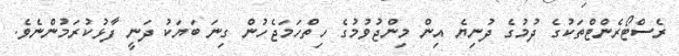
ރެސްޓޯރެންޓްތަކުގެ ދުމުގެ ދުނިޔެ އިން މިންޖުވުމުގެ ހިތްހަމަޖެހުން ގިނަ ބަޔަކު ދަނީ ފާޅުކުރަމުންނެވެ.